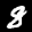
Label: 8